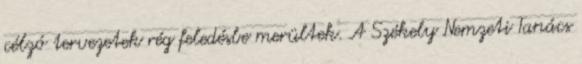
célzó tervezetek rég feledésbe merültek. A Székely Nemzeti Tanács